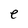
Character: e